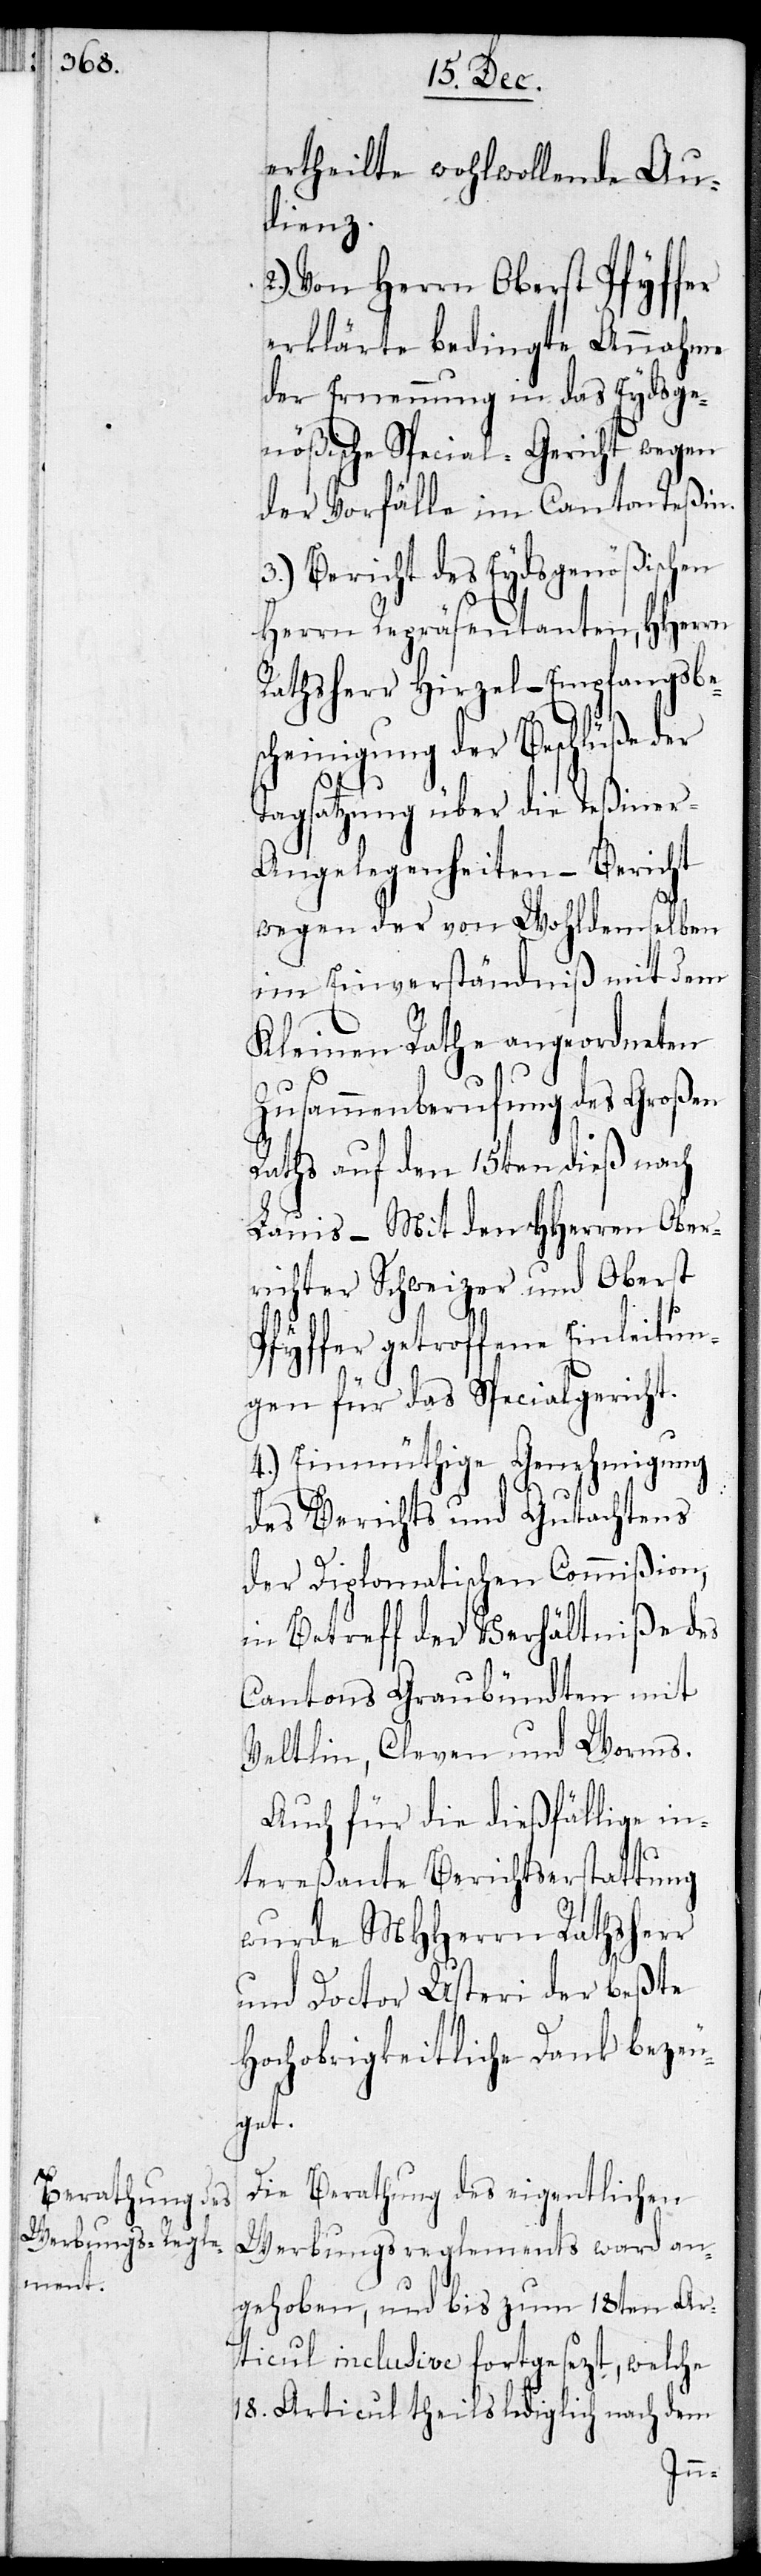
ertheilte wohlwollende Au¬
dienz.
2.) Von Herrn Oberst Pfyffer
erklärte bedingte Annahme
der Ernennung in das Eydsge¬
nößische Special-Gerichtwegen
der Vorfälle im Canton Teßin.
3.) Bericht des Eydsgenößischen
Herrn Repräsentanten, HHerrn
Rathsherr Hirzel – Empfangsbe¬
scheinigung der Beschlüße der
Tagsatzung über die Teßiner-A¬
ngelegenheiten – Bericht
wegen der von Wohldemselben
im Einverständniß mit dem
Kleinen Rath angeordneten
Zusammenberufung des Großen
Raths auf den 15ten dieß nach
Lauis – Mit den HHerren Ober¬
richter Schweizer und Oberst
Pfyffer getroffene Einleitun¬
gen für das Specialgericht.
4.) Einmüthige Genehmigung
des Berichts und Gutachtens
der Diplomatischen Commißion,
in Betreff der Verhältniße des
Cantons Graubündten mit
Veltlin, Kleven und Worms.
Auch für die dießfällige in¬
tereßante Berichtserstattung
wurde MHHerrn Rathsherr
und Doctor Usteri der beste
Hochobrigkeitliche Dank bezeu¬
get.
Die Berathung des eigentlichen
Werbungsreglements ward an¬
gehoben, und bis zum 18ten Ar¬
ticul inklusive fortgesezt, welche
18. Articul theils lediglich nach dem